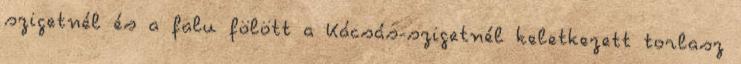
szigetnél és a falu fölött a Kácsás-szigetnél keletkezett torlasz